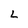
Character: L